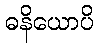
ဓနိယောပိ